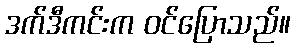
ဒက်ဒီကင်းက ဝင်ပြောသည်။